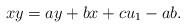
LaTeX: \begin{align*}xy=ay+bx+cu_1-ab.\end{align*}